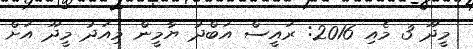
މީދޫ 3 މެއި 2016: ރައީސް އަބްދު ޔާމީން މިއަދު މީދޫ އަށް